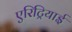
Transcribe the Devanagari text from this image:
एरिट्रियाई